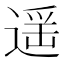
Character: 遥